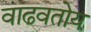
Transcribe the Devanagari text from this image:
वाढवतोय